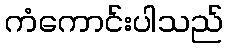
ကံကောင်းပါသည်